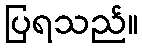
ပြရသည်။